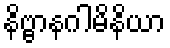
နိဗ္ဗာနဂါမိနိယာ